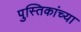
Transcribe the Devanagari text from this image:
पुस्तिकांच्‍या